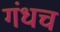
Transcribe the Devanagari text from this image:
गंधच